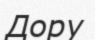
Дору